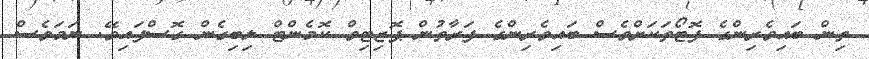
ތިން ބައިވެރިންގެ ފޮޓޯތަކަށްވެސް ބައިވެރިންގެ ފަރާތުން ޕޮޒިޓިވް ކޮމެންޓް ލިބިގެން ގޮސްފައިވޭ. ނަމަވެސް